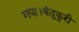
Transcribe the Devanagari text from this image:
गया।कंदुकुरी